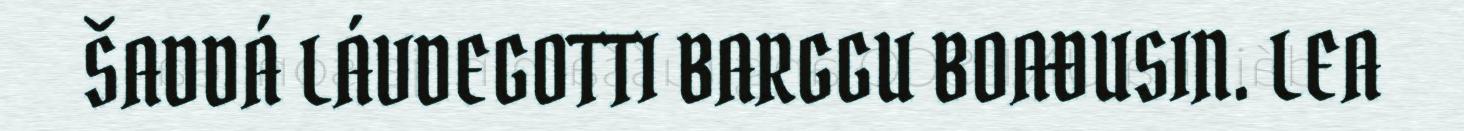
ŠADDÁ LÁVDEGOTTI BARGGU BOAĐUSIN. LEA